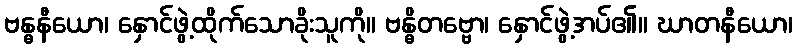
ဗန္ဓနီယော၊ နှောင်ဖွဲ့ထိုက်သောခိုးသူကို။ ဗန္ဓိတဗ္ဗော၊ နှောင်ဖွဲ့အပ်၏။ ဃာတနီယော၊